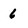
Character: 6